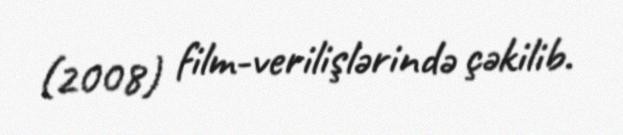
(2008) film-verilişlərində çəkilib.